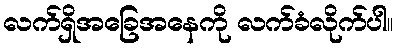
လက်ရှိအခြေအနေကို လက်ခံလိုက်ပါ။